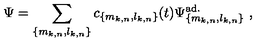
\Psi = \sum _ { \{ m _ { k , n } , l _ { k , n } \} } c _ { \{ m _ { k , n } , l _ { k , n } \} } ( t ) \Psi _ { \{ m _ { k , n } , l _ { k , n } \} } ^ { \mathrm { a d . } } \ ,